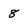
Character: 8